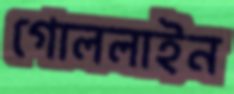
গোললাইন